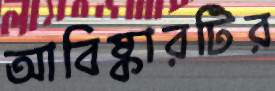
আবিষ্কারটির